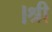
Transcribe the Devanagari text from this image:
।श्री